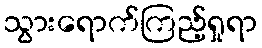
သွားရောက်ကြည့်ရှုရာ